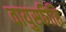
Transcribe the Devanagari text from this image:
वायुस्फीति